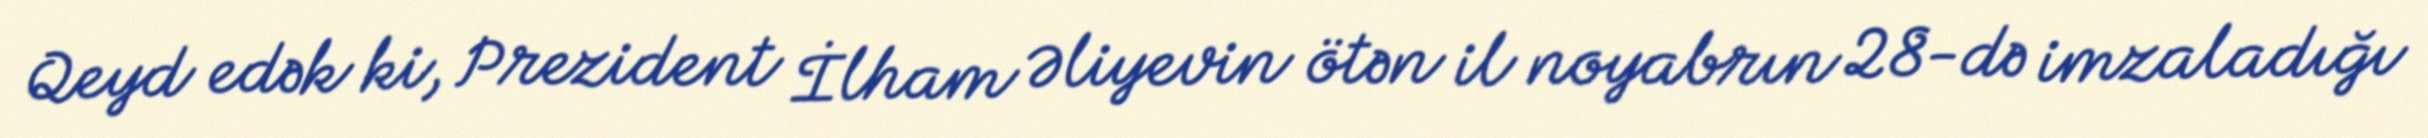
Qeyd edək ki, Prezident İlham Əliyevin ötən il noyabrın 28-də imzaladığı